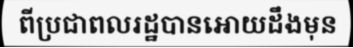
ពីប្រជាពលរដ្ឋបានអោយដឹងមុន